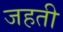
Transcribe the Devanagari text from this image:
जहती